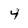
Character: 4